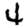
Digit: 4